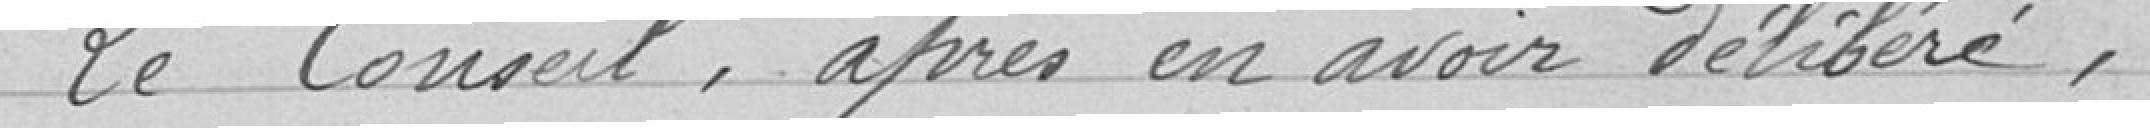
Le Conseil, après ne avoir délibéré